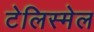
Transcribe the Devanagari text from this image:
टेलिस्मेल